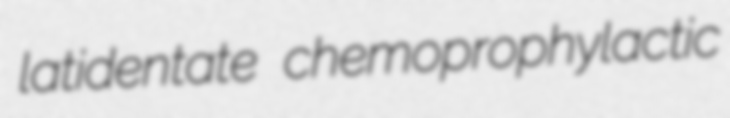
latidentate chemoprophylactic